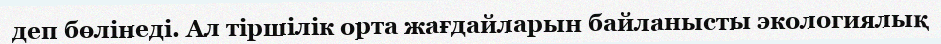
деп бөлінеді. Ал тіршілік орта жағдайларын байланысты экологиялық